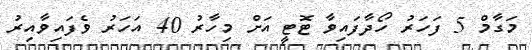
މަގާމް 5 ފަހަރު ހޯދާފައިވާ ޓޮޓީ އަށް މިހާރު 40 އަހަރު ވެފައިވާއިރު